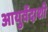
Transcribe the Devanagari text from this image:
आयुर्वेदाशी